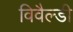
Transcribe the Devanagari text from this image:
विवैल्डी